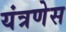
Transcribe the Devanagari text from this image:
यंत्रणेस